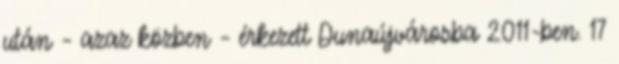
után – azaz közben – érkezett Dunaújvárosba 2011-ben. 17